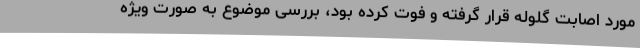
مورد اصابت گلوله قرار گرفته و فوت کرده بود، بررسی موضوع به صورت ویژه